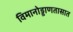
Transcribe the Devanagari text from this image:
विमानोड्डाणतासात